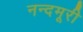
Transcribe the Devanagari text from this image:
नन्दमूरी